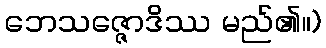
ဘေသဇ္ဇောဒိဿ မည်၏။)